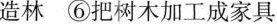
造林 ⑥把树木加工成家具